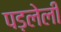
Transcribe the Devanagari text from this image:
पड़लेली